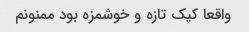
واقعا کیک تازه و خوشمزه بود ممنونم